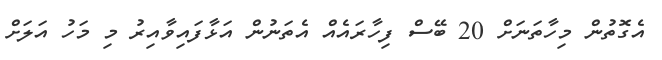
އެގޮތުން މިހާތަނަށް 20 ބޭސް ފިހާރައެއް އެތަނުން އަޅާފައިވާއިރު މި މަހު އަލަށް